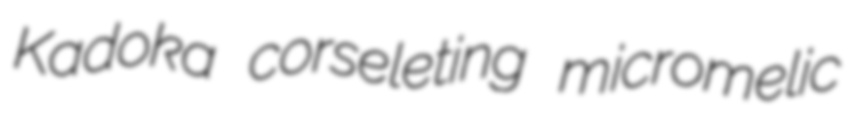
Kadoka corseleting micromelic